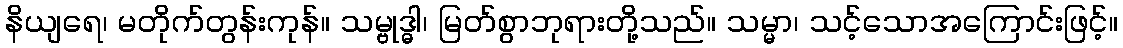
နိယျရေ၊ မတိုက်တွန်းကုန်။ သမ္ဗုဒ္ဓါ၊ မြတ်စွာဘုရားတို့သည်။ သမ္မာ၊ သင့်သောအကြောင်းဖြင့်။